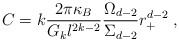
LaTeX: \begin{align*}C=k\frac{2\pi \kappa _{B}}{G_{k}l^{2k-2}}\frac{\Omega _{d-2}}{\Sigma _{d-2}}r_{+}^{d-2}\;,\end{align*}